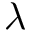
\lambda